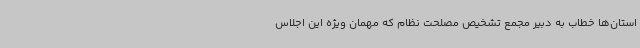
استان‌ها خطاب به دبیر مجمع تشخیص مصلحت نظام که مهمان ویژه این اجلاس